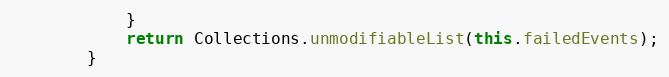
Language: Java
            }
            return Collections.unmodifiableList(this.failedEvents);
        }